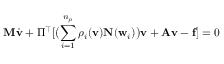
\ensuremath { \mathbf { M } } \dot { \ensuremath { \mathbf { v } } } + \Pi ^ { \top } [ \bigl ( \sum _ { i = 1 } ^ { n _ { \rho } } \rho _ { i } ( \ensuremath { \mathbf { v } } ) \ensuremath { \mathbf { N } } ( \ensuremath { \mathbf { w } } _ { i } ) \bigr ) \ensuremath { \mathbf { v } } + \ensuremath { \mathbf { A } } \ensuremath { \mathbf { v } } - \ensuremath { \mathbf { f } } ] = 0